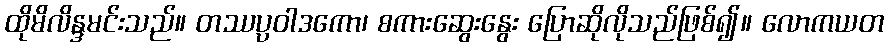
ထိုမိလိန္ဒမင်းသည်။ တဿပ္ပဝါဒကော၊ စကားဆွေးနွေး ပြောဆိုလိုသည်ဖြစ်၍။ လောကယတ